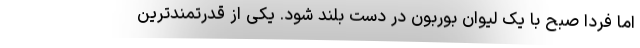
اما فردا صبح با یک لیوان بوربون در دست بلند شود. یکی از قدرتمندترین